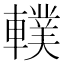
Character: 轐